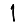
Digit: 1